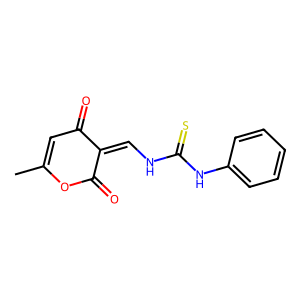
SMILES: CC1=CC(=O)C(=CNC(=S)Nc2ccccc2)C(=O)O1
Inhibits HIV replication: No